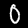
Digit: 0